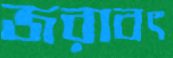
জরাবৎ